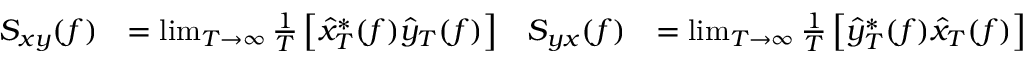
{ \begin{array} { r l r l } { S _ { x y } ( f ) } & { = \operatorname* { l i m } _ { T \to \infty } { \frac { 1 } { T } } \left[ { \hat { x } } _ { T } ^ { * } ( f ) { \hat { y } } _ { T } ( f ) \right] } & { S _ { y x } ( f ) } & { = \operatorname* { l i m } _ { T \to \infty } { \frac { 1 } { T } } \left[ { \hat { y } } _ { T } ^ { * } ( f ) { \hat { x } } _ { T } ( f ) \right] } \end{array} }